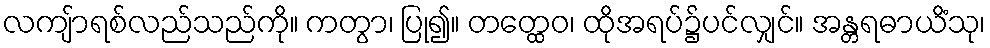
လကျ်ာရစ်လည်သည်ကို။ ကတွာ၊ ပြု၍။ တတ္ထေဝ၊ ထိုအရပ်၌ပင်လျှင်။ အန္တရဓာယိံသု၊